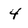
Character: 4